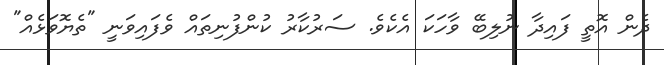
ދެން އޮތީ ފައިދާ ނުލިބޭ ވާހަކަ އެކެވެ. ސަރުކާރު ކުންފުނިތައް ވެފައިވަނީ "ތެޔޮވަޅެއް"